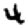
Digit: 4